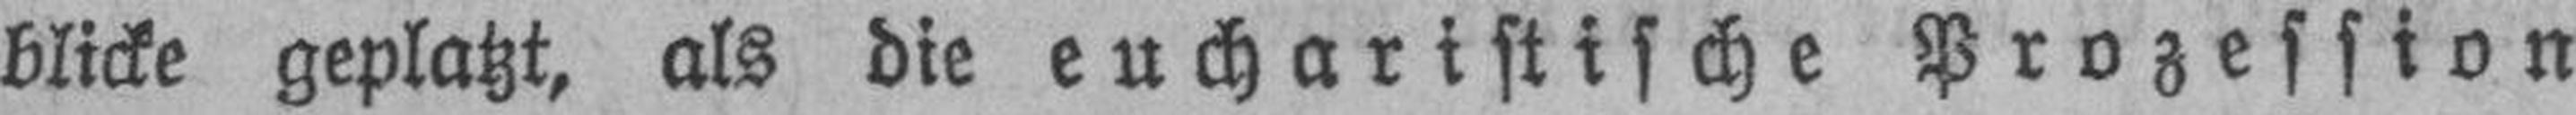
blicke geplatzt, als die eucharistische Prozession